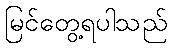
မြင်တွေ့ရပါသည်